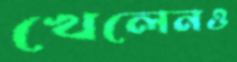
খেলেনও